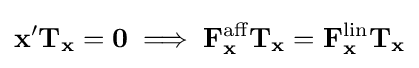
\mathbf {x} '\mathbf {T_{x}} ={\boldsymbol {0}}\;\Longrightarrow \;\mathbf {F} _{\mathbf {x} }^{\text{aff}}\mathbf {T_{x}} =\mathbf {F} _{\mathbf {x} }^{\text{lin}}\mathbf {T_{x}}